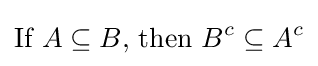
{\text{If }}A\subseteq B{\text{, then }}B^{c}\subseteq A^{c}